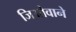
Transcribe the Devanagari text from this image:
जिओवाने